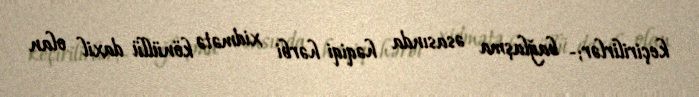
keçirilirlər;- bağlaşma əsasında həqiqi hərbi xidmətə könüllü daxil olan